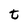
Character: t